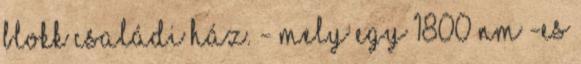
blokk családi ház. - Mely egy 1800 nm -es